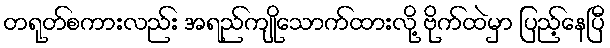
တရုတ်စကားလည်း အရည်ကျိုသောက်ထားလို့ ဗိုက်ထဲမှာ ပြည့်နေပြီ